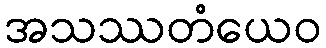
အသဿတံယေဝ